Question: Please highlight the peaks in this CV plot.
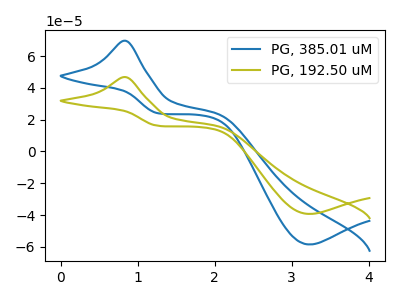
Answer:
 <answer>The blue curve "PG, 385.01 uM" has an anodic peak at (0.85V, 69.65uA) and a cathodic peak at (3.25V, -58.50uA). The olive curve "PG, 192.50 uM" has an anodic peak at (0.85V, 46.80uA) and a cathodic peak at (3.25V, -39.30uA).</answer>
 <eval></eval>